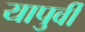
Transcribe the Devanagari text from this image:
यापुर्वी